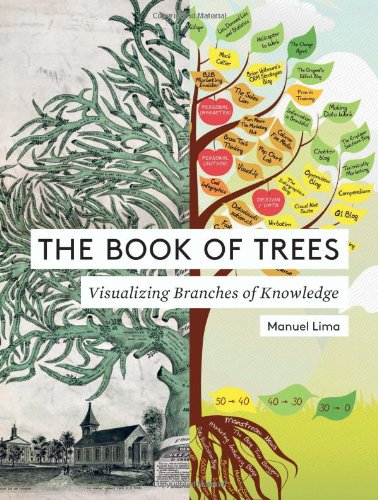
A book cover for The Book of Trees: Visualizing Branches of Knowledge; Manuel Lima; Arts & Photography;